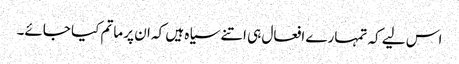
اس لیے کہ تمہارے افعال ہی اتنے سیاہ ہیں کہ ان پر ماتم کیا جائے۔